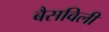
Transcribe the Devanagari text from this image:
बैसविली